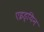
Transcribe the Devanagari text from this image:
एइड्यिन